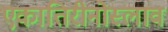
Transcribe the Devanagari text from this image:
एकातिरीनोस्लाव